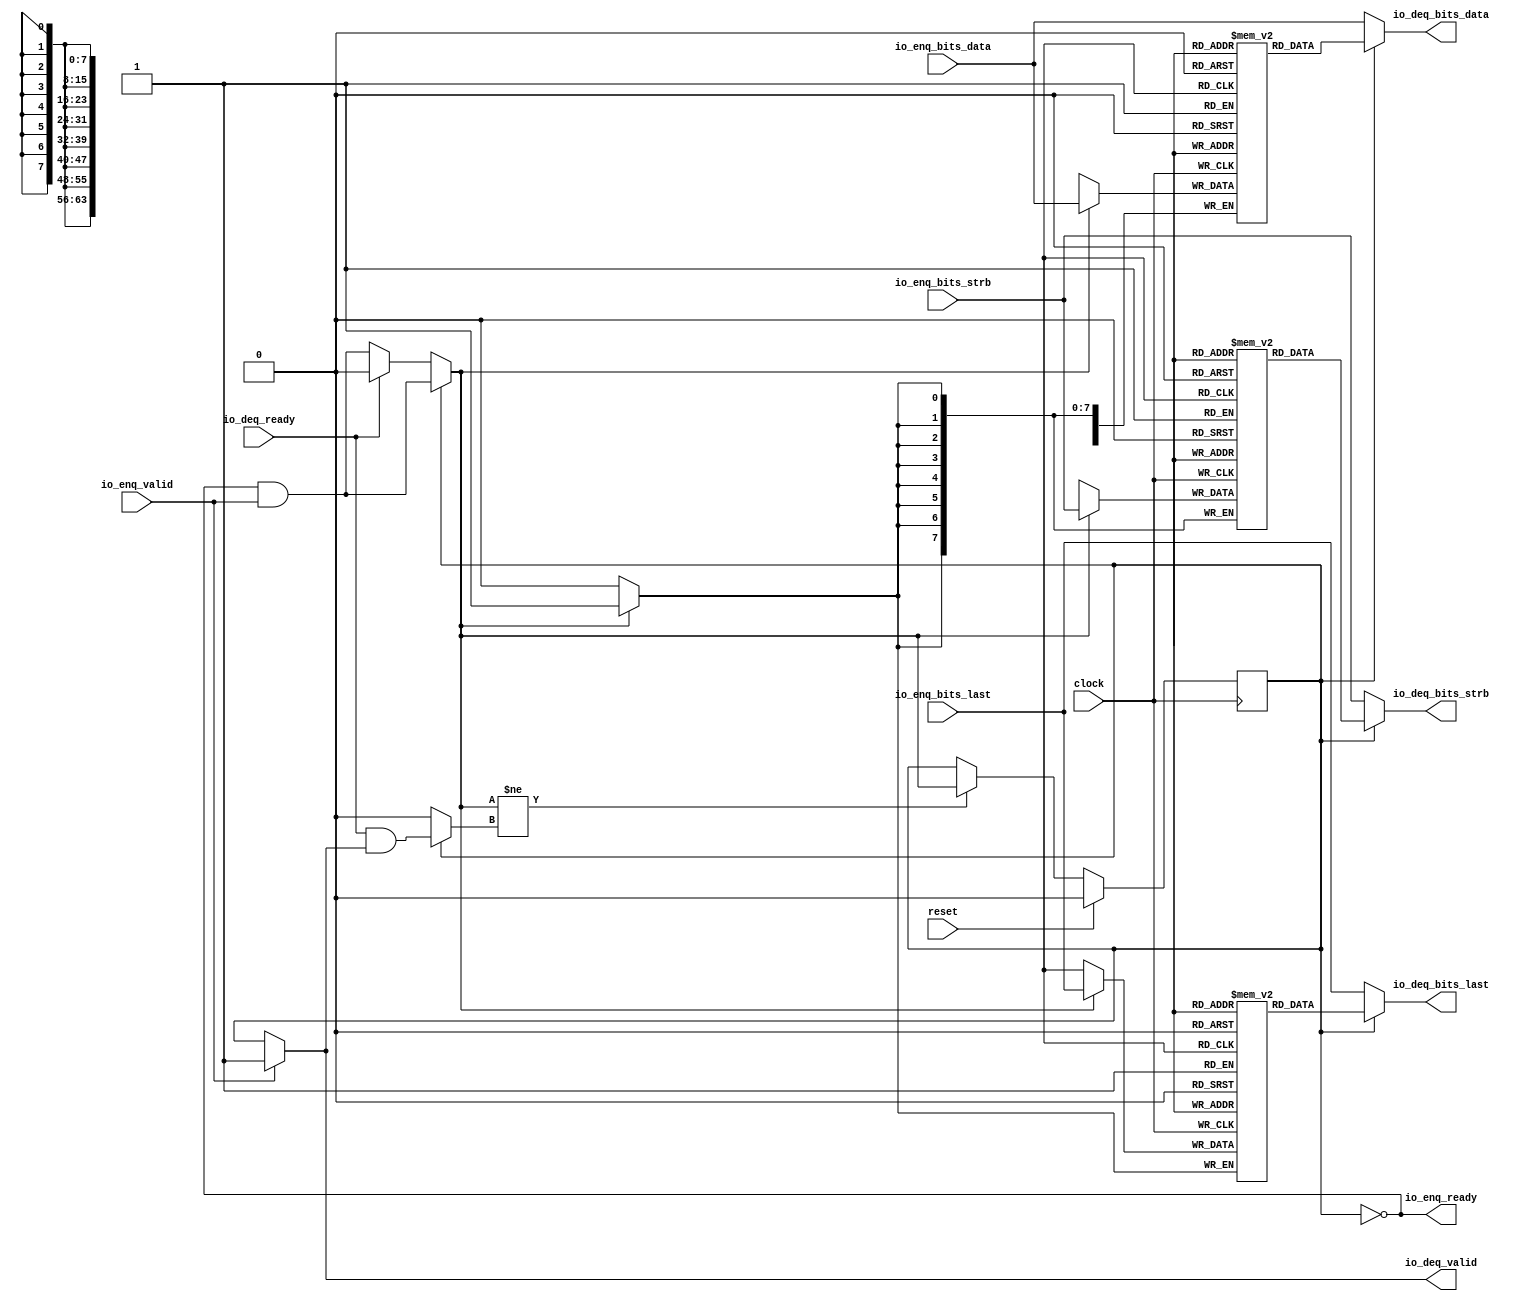
// Copyright (c) 2017, Microsemi Corporation
// All rights reserved.
//
// Redistribution and use in source and binary forms, with or without
// modification, are permitted provided that the following conditions are met:
//     * Redistributions of source code must retain the above copyright
//       notice, this list of conditions and the following disclaimer.
//     * Redistributions in binary form must reproduce the above copyright
//       notice, this list of conditions and the following disclaimer in the
//       documentation and/or other materials provided with the distribution.
//     * Neither the name of the <organization> nor the
//       names of its contributors may be used to endorse or promote products
//       derived from this software without specific prior written permission.
//
// THIS SOFTWARE IS PROVIDED BY THE COPYRIGHT HOLDERS AND CONTRIBUTORS "AS IS" AND
// ANY EXPRESS OR IMPLIED WARRANTIES, INCLUDING, BUT NOT LIMITED TO, THE IMPLIED
// WARRANTIES OF MERCHANTABILITY AND FITNESS FOR A PARTICULAR PURPOSE ARE
// DISCLAIMED. IN NO EVENT SHALL MICROSEMI CORPORATIONM BE LIABLE FOR ANY
// DIRECT, INDIRECT, INCIDENTAL, SPECIAL, EXEMPLARY, OR CONSEQUENTIAL DAMAGES
// (INCLUDING, BUT NOT LIMITED TO, PROCUREMENT OF SUBSTITUTE GOODS OR SERVICES;
// LOSS OF USE, DATA, OR PROFITS; OR BUSINESS INTERRUPTION) HOWEVER CAUSED AND
// ON ANY THEORY OF LIABILITY, WHETHER IN CONTRACT, STRICT LIABILITY, OR TORT
// (INCLUDING NEGLIGENCE OR OTHERWISE) ARISING IN ANY WAY OUT OF THE USE OF THIS
// SOFTWARE, EVEN IF ADVISED OF THE POSSIBILITY OF SUCH DAMAGE.
//
// APACHE LICENSE
// Copyright (c) 2017, Microsemi Corporation 
//
// Licensed under the Apache License, Version 2.0 (the "License");
// you may not use this file except in compliance with the License.
// You may obtain a copy of the License at
//
//    http://www.apache.org/licenses/LICENSE-2.0
//
// Unless required by applicable law or agreed to in writing, software
// distributed under the License is distributed on an "AS IS" BASIS,
// WITHOUT WARRANTIES OR CONDITIONS OF ANY KIND, either express or implied.
// See the License for the specific language governing permissions and
// limitations under the License.
//
// Description:
//
// SVN Revision Information:
// SVN $Revision: $
// SVN $Date: $
//
// Resolved SARs
// SAR      Date     Who   Description
//
// Notes:
//
// ****************************************************************************/
`ifndef RANDOMIZE_REG_INIT 
	 `define RANDOMIZE_REG_INIT 
 `endif
`ifndef RANDOMIZE_MEM_INIT 
	 `define RANDOMIZE_MEM_INIT 
 `endif
`ifndef RANDOMIZE 
	 `define RANDOMIZE 
`endif

`timescale 1ns/10ps
module MiV_AXI_MiV_AXI_0_MIV_RV32IMA_L1_AXI_QUEUE_16( // @[:freechips.rocketchip.system.MivRV32ImaL1AhbConfig.fir@111900.2]
  input         clock, // @[:freechips.rocketchip.system.MivRV32ImaL1AhbConfig.fir@111901.4]
  input         reset, // @[:freechips.rocketchip.system.MivRV32ImaL1AhbConfig.fir@111902.4]
  output        io_enq_ready, // @[:freechips.rocketchip.system.MivRV32ImaL1AhbConfig.fir@111903.4]
  input         io_enq_valid, // @[:freechips.rocketchip.system.MivRV32ImaL1AhbConfig.fir@111903.4]
  input  [63:0] io_enq_bits_data, // @[:freechips.rocketchip.system.MivRV32ImaL1AhbConfig.fir@111903.4]
  input  [7:0]  io_enq_bits_strb, // @[:freechips.rocketchip.system.MivRV32ImaL1AhbConfig.fir@111903.4]
  input         io_enq_bits_last, // @[:freechips.rocketchip.system.MivRV32ImaL1AhbConfig.fir@111903.4]
  input         io_deq_ready, // @[:freechips.rocketchip.system.MivRV32ImaL1AhbConfig.fir@111903.4]
  output        io_deq_valid, // @[:freechips.rocketchip.system.MivRV32ImaL1AhbConfig.fir@111903.4]
  output [63:0] io_deq_bits_data, // @[:freechips.rocketchip.system.MivRV32ImaL1AhbConfig.fir@111903.4]
  output [7:0]  io_deq_bits_strb, // @[:freechips.rocketchip.system.MivRV32ImaL1AhbConfig.fir@111903.4]
  output        io_deq_bits_last // @[:freechips.rocketchip.system.MivRV32ImaL1AhbConfig.fir@111903.4]
);
  reg [63:0] ram_data [0:0] /* synthesis syn_ramstyle = "registers" */; // @[Decoupled.scala 211:24:freechips.rocketchip.system.MivRV32ImaL1AhbConfig.fir@111905.4]
  reg [63:0] _RAND_0;
  wire [63:0] ram_data__T_42_data; // @[Decoupled.scala 211:24:freechips.rocketchip.system.MivRV32ImaL1AhbConfig.fir@111905.4]
  wire  ram_data__T_42_addr; // @[Decoupled.scala 211:24:freechips.rocketchip.system.MivRV32ImaL1AhbConfig.fir@111905.4]
  wire [63:0] ram_data__T_33_data; // @[Decoupled.scala 211:24:freechips.rocketchip.system.MivRV32ImaL1AhbConfig.fir@111905.4]
  wire  ram_data__T_33_addr; // @[Decoupled.scala 211:24:freechips.rocketchip.system.MivRV32ImaL1AhbConfig.fir@111905.4]
  wire  ram_data__T_33_mask; // @[Decoupled.scala 211:24:freechips.rocketchip.system.MivRV32ImaL1AhbConfig.fir@111905.4]
  wire  ram_data__T_33_en; // @[Decoupled.scala 211:24:freechips.rocketchip.system.MivRV32ImaL1AhbConfig.fir@111905.4]
  reg [7:0] ram_strb [0:0] /* synthesis syn_ramstyle = "registers" */; // @[Decoupled.scala 211:24:freechips.rocketchip.system.MivRV32ImaL1AhbConfig.fir@111905.4]
  reg [31:0] _RAND_1;
  wire [7:0] ram_strb__T_42_data; // @[Decoupled.scala 211:24:freechips.rocketchip.system.MivRV32ImaL1AhbConfig.fir@111905.4]
  wire  ram_strb__T_42_addr; // @[Decoupled.scala 211:24:freechips.rocketchip.system.MivRV32ImaL1AhbConfig.fir@111905.4]
  wire [7:0] ram_strb__T_33_data; // @[Decoupled.scala 211:24:freechips.rocketchip.system.MivRV32ImaL1AhbConfig.fir@111905.4]
  wire  ram_strb__T_33_addr; // @[Decoupled.scala 211:24:freechips.rocketchip.system.MivRV32ImaL1AhbConfig.fir@111905.4]
  wire  ram_strb__T_33_mask; // @[Decoupled.scala 211:24:freechips.rocketchip.system.MivRV32ImaL1AhbConfig.fir@111905.4]
  wire  ram_strb__T_33_en; // @[Decoupled.scala 211:24:freechips.rocketchip.system.MivRV32ImaL1AhbConfig.fir@111905.4]
  reg  ram_last [0:0]; // @[Decoupled.scala 211:24:freechips.rocketchip.system.MivRV32ImaL1AhbConfig.fir@111905.4]
  reg [31:0] _RAND_2;
  wire  ram_last__T_42_data; // @[Decoupled.scala 211:24:freechips.rocketchip.system.MivRV32ImaL1AhbConfig.fir@111905.4]
  wire  ram_last__T_42_addr; // @[Decoupled.scala 211:24:freechips.rocketchip.system.MivRV32ImaL1AhbConfig.fir@111905.4]
  wire  ram_last__T_33_data; // @[Decoupled.scala 211:24:freechips.rocketchip.system.MivRV32ImaL1AhbConfig.fir@111905.4]
  wire  ram_last__T_33_addr; // @[Decoupled.scala 211:24:freechips.rocketchip.system.MivRV32ImaL1AhbConfig.fir@111905.4]
  wire  ram_last__T_33_mask; // @[Decoupled.scala 211:24:freechips.rocketchip.system.MivRV32ImaL1AhbConfig.fir@111905.4]
  wire  ram_last__T_33_en; // @[Decoupled.scala 211:24:freechips.rocketchip.system.MivRV32ImaL1AhbConfig.fir@111905.4]
  reg  maybe_full; // @[Decoupled.scala 214:35:freechips.rocketchip.system.MivRV32ImaL1AhbConfig.fir@111906.4]
  reg [31:0] _RAND_3;
  wire  empty; // @[Decoupled.scala 217:36:freechips.rocketchip.system.MivRV32ImaL1AhbConfig.fir@111908.4]
  wire  _T_28; // @[Decoupled.scala 30:37:freechips.rocketchip.system.MivRV32ImaL1AhbConfig.fir@111911.4]
  wire  _T_30; // @[Decoupled.scala 30:37:freechips.rocketchip.system.MivRV32ImaL1AhbConfig.fir@111914.4]
  wire  _GEN_8; // @[Decoupled.scala 242:27:freechips.rocketchip.system.MivRV32ImaL1AhbConfig.fir@111945.6]
  wire  do_enq; // @[Decoupled.scala 239:18:freechips.rocketchip.system.MivRV32ImaL1AhbConfig.fir@111940.4]
  wire  do_deq; // @[Decoupled.scala 239:18:freechips.rocketchip.system.MivRV32ImaL1AhbConfig.fir@111940.4]
  wire  _T_36; // @[Decoupled.scala 229:16:freechips.rocketchip.system.MivRV32ImaL1AhbConfig.fir@111925.4]
  wire  _GEN_6; // @[Decoupled.scala 229:27:freechips.rocketchip.system.MivRV32ImaL1AhbConfig.fir@111926.4]
  wire  _T_38; // @[Decoupled.scala 233:19:freechips.rocketchip.system.MivRV32ImaL1AhbConfig.fir@111929.4]
  wire  _GEN_7; // @[Decoupled.scala 238:25:freechips.rocketchip.system.MivRV32ImaL1AhbConfig.fir@111937.4]
  wire  _GEN_9; // @[Decoupled.scala 239:18:freechips.rocketchip.system.MivRV32ImaL1AhbConfig.fir@111940.4]
  wire [7:0] _GEN_10; // @[Decoupled.scala 239:18:freechips.rocketchip.system.MivRV32ImaL1AhbConfig.fir@111940.4]
  wire [63:0] _GEN_11; // @[Decoupled.scala 239:18:freechips.rocketchip.system.MivRV32ImaL1AhbConfig.fir@111940.4]
  assign ram_data__T_42_addr = 1'h0;
  assign ram_data__T_42_data = ram_data[ram_data__T_42_addr]; // @[Decoupled.scala 211:24:freechips.rocketchip.system.MivRV32ImaL1AhbConfig.fir@111905.4]
  assign ram_data__T_33_data = io_enq_bits_data;
  assign ram_data__T_33_addr = 1'h0;
  assign ram_data__T_33_mask = do_enq;
  assign ram_data__T_33_en = do_enq;
  assign ram_strb__T_42_addr = 1'h0;
  assign ram_strb__T_42_data = ram_strb[ram_strb__T_42_addr]; // @[Decoupled.scala 211:24:freechips.rocketchip.system.MivRV32ImaL1AhbConfig.fir@111905.4]
  assign ram_strb__T_33_data = io_enq_bits_strb;
  assign ram_strb__T_33_addr = 1'h0;
  assign ram_strb__T_33_mask = do_enq;
  assign ram_strb__T_33_en = do_enq;
  assign ram_last__T_42_addr = 1'h0;
  assign ram_last__T_42_data = ram_last[ram_last__T_42_addr]; // @[Decoupled.scala 211:24:freechips.rocketchip.system.MivRV32ImaL1AhbConfig.fir@111905.4]
  assign ram_last__T_33_data = io_enq_bits_last;
  assign ram_last__T_33_addr = 1'h0;
  assign ram_last__T_33_mask = do_enq;
  assign ram_last__T_33_en = do_enq;
  assign empty = maybe_full == 1'h0; // @[Decoupled.scala 217:36:freechips.rocketchip.system.MivRV32ImaL1AhbConfig.fir@111908.4]
  assign _T_28 = io_enq_ready & io_enq_valid; // @[Decoupled.scala 30:37:freechips.rocketchip.system.MivRV32ImaL1AhbConfig.fir@111911.4]
  assign _T_30 = io_deq_ready & io_deq_valid; // @[Decoupled.scala 30:37:freechips.rocketchip.system.MivRV32ImaL1AhbConfig.fir@111914.4]
  assign _GEN_8 = io_deq_ready ? 1'h0 : _T_28; // @[Decoupled.scala 242:27:freechips.rocketchip.system.MivRV32ImaL1AhbConfig.fir@111945.6]
  assign do_enq = empty ? _GEN_8 : _T_28; // @[Decoupled.scala 239:18:freechips.rocketchip.system.MivRV32ImaL1AhbConfig.fir@111940.4]
  assign do_deq = empty ? 1'h0 : _T_30; // @[Decoupled.scala 239:18:freechips.rocketchip.system.MivRV32ImaL1AhbConfig.fir@111940.4]
  assign _T_36 = do_enq != do_deq; // @[Decoupled.scala 229:16:freechips.rocketchip.system.MivRV32ImaL1AhbConfig.fir@111925.4]
  assign _GEN_6 = _T_36 ? do_enq : maybe_full; // @[Decoupled.scala 229:27:freechips.rocketchip.system.MivRV32ImaL1AhbConfig.fir@111926.4]
  assign _T_38 = empty == 1'h0; // @[Decoupled.scala 233:19:freechips.rocketchip.system.MivRV32ImaL1AhbConfig.fir@111929.4]
  assign _GEN_7 = io_enq_valid ? 1'h1 : _T_38; // @[Decoupled.scala 238:25:freechips.rocketchip.system.MivRV32ImaL1AhbConfig.fir@111937.4]
  assign _GEN_9 = empty ? io_enq_bits_last : ram_last__T_42_data; // @[Decoupled.scala 239:18:freechips.rocketchip.system.MivRV32ImaL1AhbConfig.fir@111940.4]
  assign _GEN_10 = empty ? io_enq_bits_strb : ram_strb__T_42_data; // @[Decoupled.scala 239:18:freechips.rocketchip.system.MivRV32ImaL1AhbConfig.fir@111940.4]
  assign _GEN_11 = empty ? io_enq_bits_data : ram_data__T_42_data; // @[Decoupled.scala 239:18:freechips.rocketchip.system.MivRV32ImaL1AhbConfig.fir@111940.4]
  assign io_enq_ready = empty;
  assign io_deq_valid = _GEN_7;
  assign io_deq_bits_data = _GEN_11;
  assign io_deq_bits_strb = _GEN_10;
  assign io_deq_bits_last = _GEN_9;
`ifdef RANDOMIZE
  integer initvar;
  initial begin
    `ifndef verilator
      #0.002 begin end
    `endif
  _RAND_0 = {2{32'b0}};
  `ifdef RANDOMIZE_MEM_INIT
  for (initvar = 0; initvar < 1; initvar = initvar+1)
    ram_data[initvar] = _RAND_0[63:0];
  `endif // RANDOMIZE_MEM_INIT
  _RAND_1 = {1{32'b0}};
  `ifdef RANDOMIZE_MEM_INIT
  for (initvar = 0; initvar < 1; initvar = initvar+1)
    ram_strb[initvar] = _RAND_1[7:0];
  `endif // RANDOMIZE_MEM_INIT
  _RAND_2 = {1{32'b0}};
  `ifdef RANDOMIZE_MEM_INIT
  for (initvar = 0; initvar < 1; initvar = initvar+1)
    ram_last[initvar] = _RAND_2[0:0];
  `endif // RANDOMIZE_MEM_INIT
  `ifdef RANDOMIZE_REG_INIT
  _RAND_3 = {1{32'b0}};
  maybe_full = _RAND_3[0:0];
  `endif // RANDOMIZE_REG_INIT
  end
`endif // RANDOMIZE
  always @(posedge clock) begin
    if(ram_data__T_33_en & ram_data__T_33_mask) begin
      ram_data[ram_data__T_33_addr] <= ram_data__T_33_data; // @[Decoupled.scala 211:24:freechips.rocketchip.system.MivRV32ImaL1AhbConfig.fir@111905.4]
    end
    if(ram_strb__T_33_en & ram_strb__T_33_mask) begin
      ram_strb[ram_strb__T_33_addr] <= ram_strb__T_33_data; // @[Decoupled.scala 211:24:freechips.rocketchip.system.MivRV32ImaL1AhbConfig.fir@111905.4]
    end
    if(ram_last__T_33_en & ram_last__T_33_mask) begin
      ram_last[ram_last__T_33_addr] <= ram_last__T_33_data; // @[Decoupled.scala 211:24:freechips.rocketchip.system.MivRV32ImaL1AhbConfig.fir@111905.4]
    end
    if (reset) begin
      maybe_full <= 1'h0;
    end else begin
      if (_T_36) begin
        if (empty) begin
          if (io_deq_ready) begin
            maybe_full <= 1'h0;
          end else begin
            maybe_full <= _T_28;
          end
        end else begin
          maybe_full <= _T_28;
        end
      end
    end
  end
endmodule